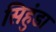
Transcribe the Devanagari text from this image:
सिहुंडा